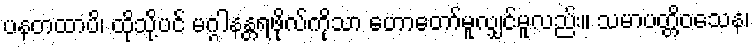
ပနတထာပိ၊ ထိုသို့ပင် မဂ္ဂါနန္တရဖိုလ်ကိုသာ ဟောတော်မူလျှင်မူလည်း။ သမာပတ္တိဝသေန၊